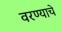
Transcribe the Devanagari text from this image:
वरण्याचे